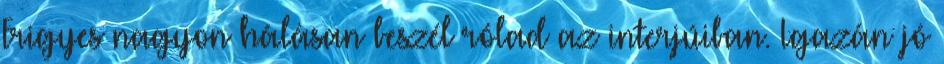
Frigyes nagyon hálásan beszél rólad az interjúiban. Igazán jó